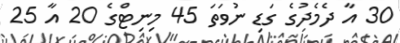
30 އާ ދެމެދުގެ ގަޑި ނުވަތަ 45 މިނިޓްގެ 20 އާ 25